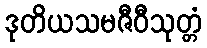
ဒုတိယသမဇီဝီသုတ္တံ